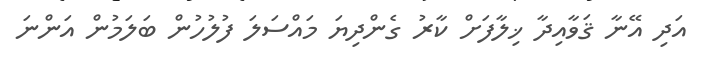
އަދި އޭނާ ޤަވާއިދާ ޚިލާފަށް ކާރު ގެންދިޔަ މައްސަލަ ފުލުހުން ބަލަމުން އަންނަ